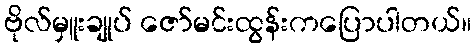
ဗိုလ်မှူးချုပ် ဇော်မင်းထွန်းကပြောပါတယ်။